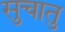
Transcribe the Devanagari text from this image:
सुचातु